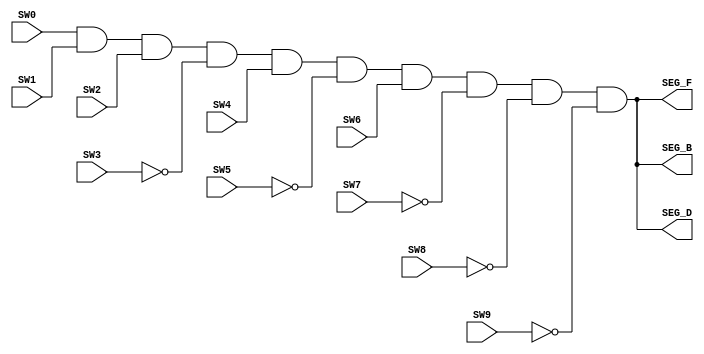
module password(
    //switches
    input SW0,
    input SW1,
    input SW2,
    input SW3,
    input SW4,
    input SW5,
    input SW6,
    input SW7,
    input SW8,
    input SW9,
    
    //LED
//    output LED0,
//    output LED1,
//    output LED2,
//    output LED3,
//    output LED4,
//    output LED5,
//    output LED6,
//    output LED7,
//    output LED8,
//    output LED9,
    
    //segments
    output SEG_B,
    output SEG_D,
    output SEG_F,
    
    //hardcoded segments 
//    output SEG_A,
//    output SEG_C, 
//    output SEG_E, 
//    output SEG_G,
//    output SEG_DP,
    
//    //common anode
//    output AN0, 
//    output AN1, 
//    output AN2, 
//    output AN3
    );
    //switches assigned to corresponding LEDs
//    assign LED0 = SW0;
//    assign LED1 = SW1;
//    assign LED2 = SW2;
//    assign LED3 = SW3;
//    assign LED4 = SW4;
//    assign LED5 = SW5;
//    assign LED6 = SW6;
//    assign LED7 = SW7;
//    assign LED8 = SW8;
//    assign LED9 = SW9;
    
    //segments assigned based on password
    assign SEG_B = (SW0 & SW1 & SW2 & ~SW3 & SW4 & ~SW5 & SW6 & ~SW7 & ~SW8 & ~SW9);
    assign SEG_D = (SW0 & SW1 & SW2 & ~SW3 & SW4 & ~SW5 & SW6 & ~SW7 & ~SW8 & ~SW9);
    assign SEG_F = (SW0 & SW1 & SW2 & ~SW3 & SW4 & ~SW5 & SW6 & ~SW7 & ~SW8 & ~SW9);
    
    //hardcoded segments
//    assign SEG_A = 1;
//    assign SEG_C = 1;
//    assign SEG_E = 1;
//    assign SEG_G = 1;
//    assign SEG_DP = 1;
    
    //hardcoded common anode
//    assign AN0 = 1; 
//    assign AN1 = 0; 
//    assign AN2 = 1; 
//    assign AN3 = 1; 
endmodule